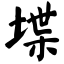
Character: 堞